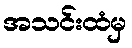
အသင်းထံမှ